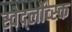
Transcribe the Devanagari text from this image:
स्वेर्द्लोव्स्क